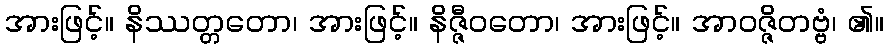
အားဖြင့်။ နိဿတ္တတော၊ အားဖြင့်။ နိဇ္ဇီဝတော၊ အားဖြင့်။ အာဝဇ္ဇိတဗ္ဗံ၊ ၏။